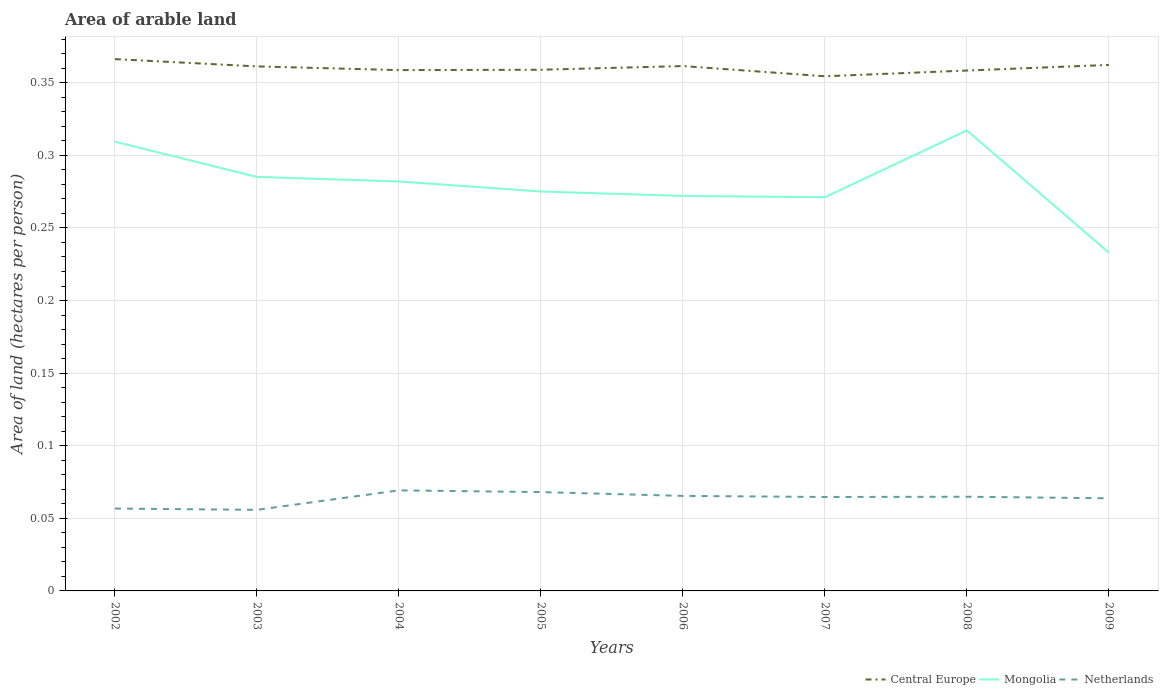
| Years | Central Europe | Mongolia | Netherlands |
 | --- | --- | --- | --- |
 | 2002 | 0.366 | 0.309 | 0.0567 |
 | 2003 | 0.361 | 0.285 | 0.0558 |
 | 2004 | 0.359 | 0.282 | 0.0692 |
 | 2005 | 0.359 | 0.275 | 0.0681 |
 | 2006 | 0.361 | 0.272 | 0.0654 |
 | 2007 | 0.354 | 0.271 | 0.0647 |
 | 2008 | 0.358 | 0.317 | 0.0649 |
 | 2009 | 0.362 | 0.233 | 0.0638 |